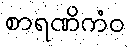
စာရဏိကံဝ